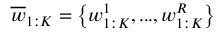
\overline { { w } } _ { 1 : K } = \left\{ w _ { 1 : K } ^ { 1 } , . . . , w _ { 1 : K } ^ { R } \right\}